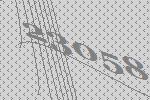
23058